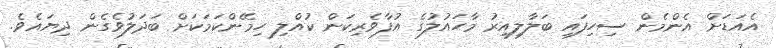
އެއަޑަށް އެންމެން ސިހިފައި ބަލާލިއިރު މާހައުލުގެ އުފާވެރިކަން ކުއްލި ހިމޭންކަމަކަށް ބަދަލުވެގެން ދިޔައެވެ.